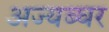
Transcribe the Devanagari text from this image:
अज्यब्घर